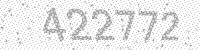
Solution: 422772